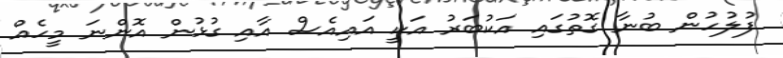
ފުލުހުން ބުނާ ގޮތުގައި އަކުބަރު އަކީ އައިއެސް އާއި ގުޅުން އޮންނަ މީހެއް